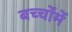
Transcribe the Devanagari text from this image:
बच्‍चोंमें